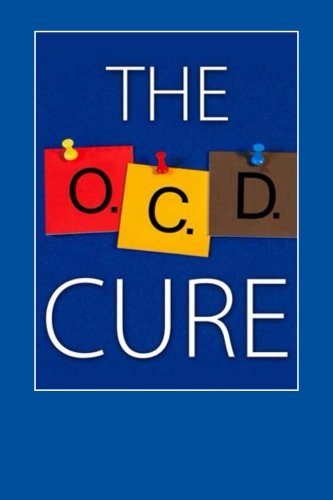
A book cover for The OCD Cure: How To Overcome Obsessive Compulsive Disorder For Life; Stephen Hall; Health, Fitness & Dieting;